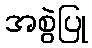
အစွဲပြု